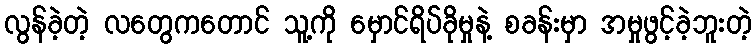
လွန်ခဲ့တဲ့ လတွေကတောင် သူ့ကို မှောင်ရိပ်ခိုမှုနဲ့ စခန်းမှာ အမှုဖွင့်ခဲ့ဘူးတဲ့